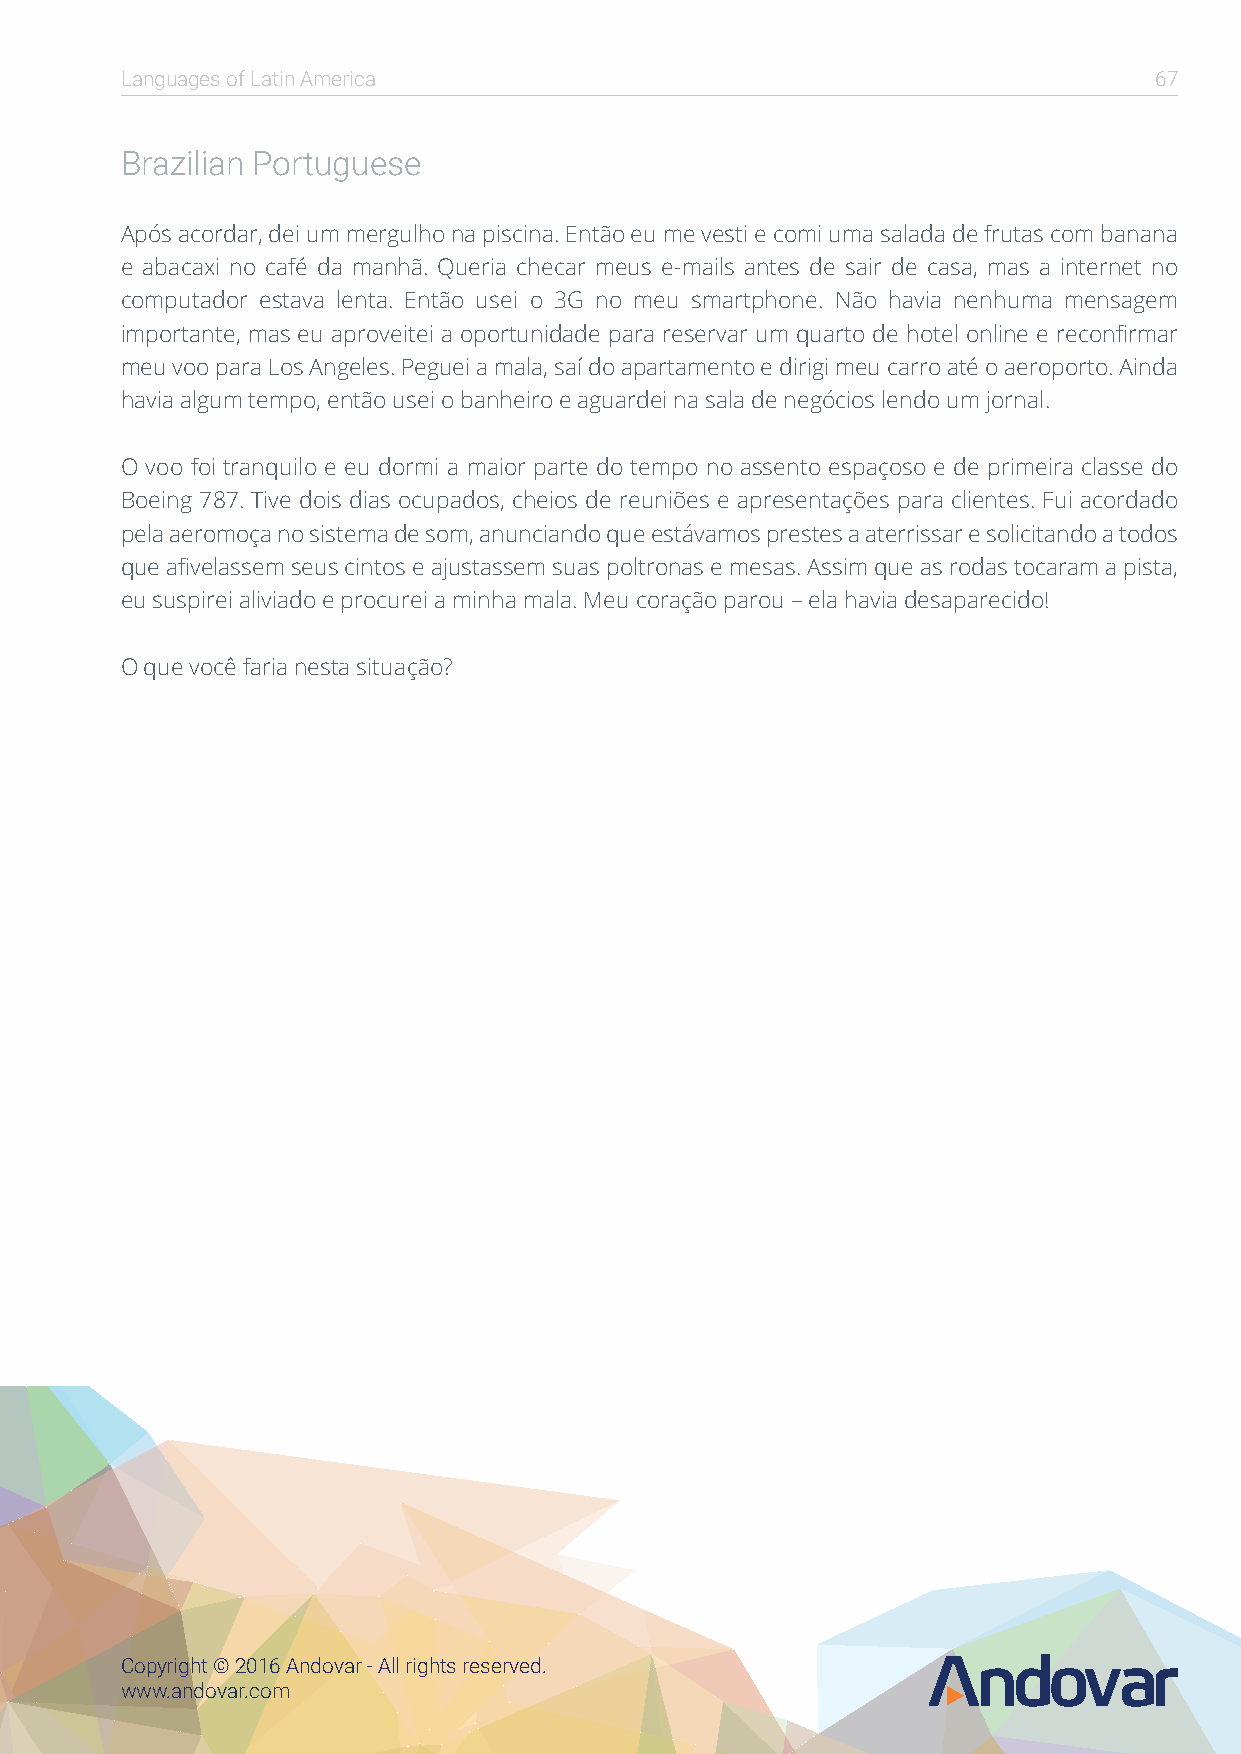
Languages of Latin America                                          67
 Brazilian Portuguese
 Após acordar, dei um mergulho na piscina. Então eu me vesti e comi uma salada de frutas com banana
 e abacaxi no café da manhã. Queria checar meus e-mails antes de sair de casa, mas a internet no
 computador estava lenta. Então usei o 3G no meu smartphone. Não havia nenhuma mensagem
 importante, mas eu aproveitei a oportunidade para reservar um quarto de hotel online e reconfirmar
 meu voo para Los Angeles. Peguei a mala, saí do apartamento e dirigi meu carro até o aeroporto. Ainda
 havia algum tempo, então usei o banheiro e aguardei na sala de negócios lendo um jornal.
 O voo foi tranquilo e eu dormi a maior parte do tempo no assento espaçoso e de primeira classe do
 Boeing 787. Tive dois dias ocupados, cheios de reuniões e apresentações para clientes. Fui acordado
 pela aeromoça no sistema de som, anunciando que estávamos prestes a aterrissar e solicitando a todos
 que afivelassem seus cintos e ajustassem suas poltronas e mesas. Assim que as rodas tocaram a pista,
 eu suspirei aliviado e procurei a minha mala. Meu coração parou – ela havia desaparecido!
 O que você faria nesta situação?
 Copyright © 2016 Andovar - All rights reserved.
 www.andovar.com